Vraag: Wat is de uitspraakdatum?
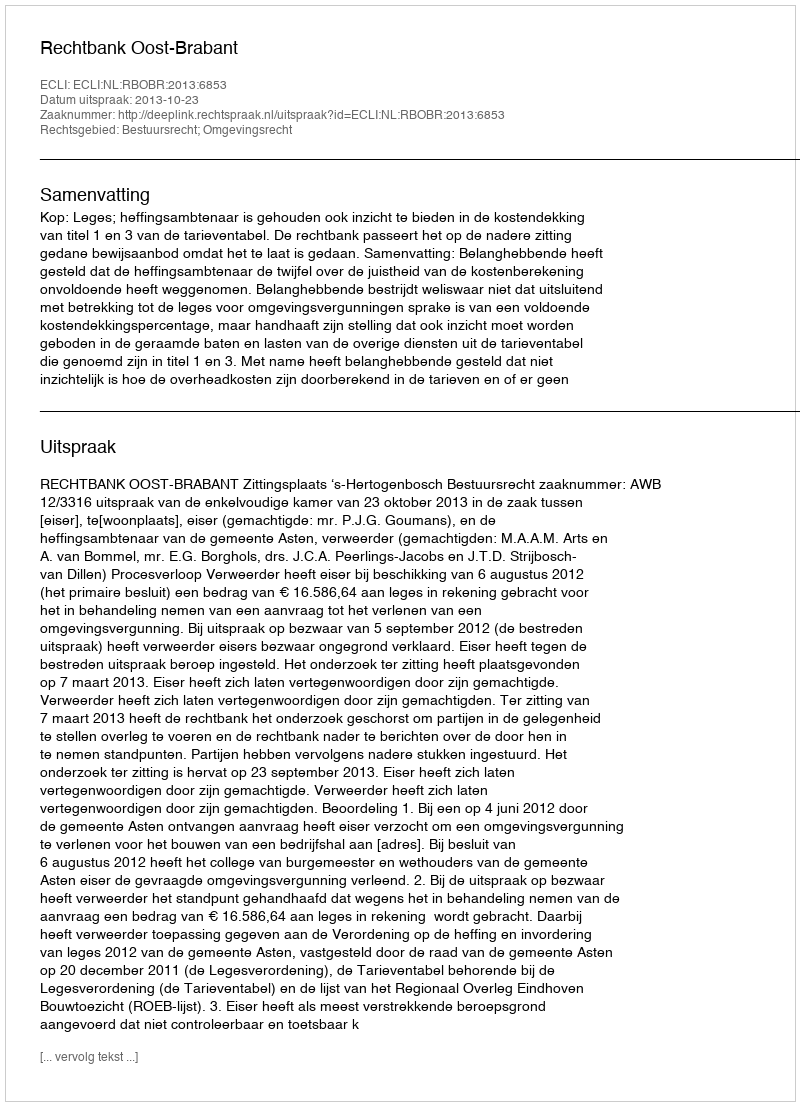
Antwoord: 2013-10-23